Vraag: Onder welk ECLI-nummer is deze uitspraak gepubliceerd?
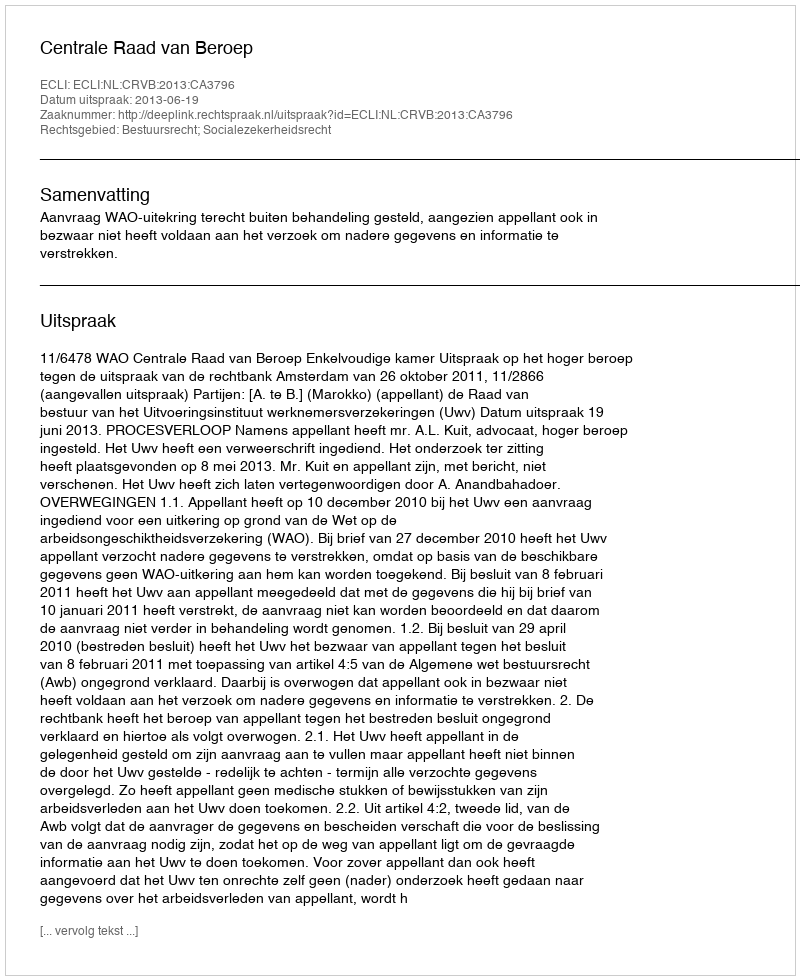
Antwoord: ECLI:NL:CRVB:2013:CA3796